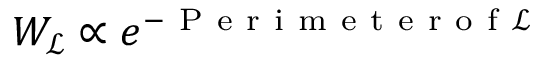
W _ { \mathcal { L } } \propto e ^ { - \mathrm { ~ P ~ e ~ r ~ i ~ m ~ e ~ t ~ e ~ r ~ o ~ f ~ } \mathcal { L } }